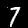
Digit: 7